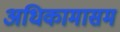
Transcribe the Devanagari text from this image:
अधिकामासम